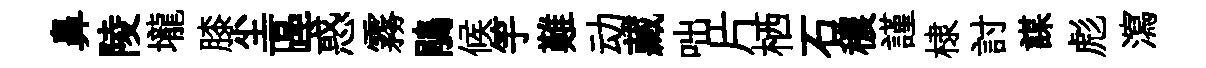
鼻陵壠膝尘區惑霧鵑候竽難动藏咄片栖石穠謹棣討謀彪瀉